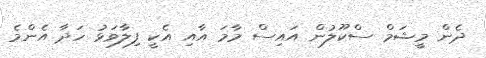
ދެން މީޝަމް ސްކޫލުން އައިސް މާމަ އާއި އެކީ ފިލާވަޅު ހަދާ އެންމެ